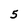
Character: 5